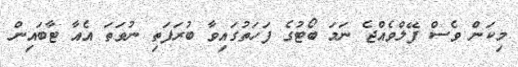
މިކަން ވެސް ފޭލްވެއްޖެ ނަމަ ބޯޓުގެ ފަހަތުގައިވާ ބުރަފަތި ނުވަތަ އެއާ ޓާބައިން